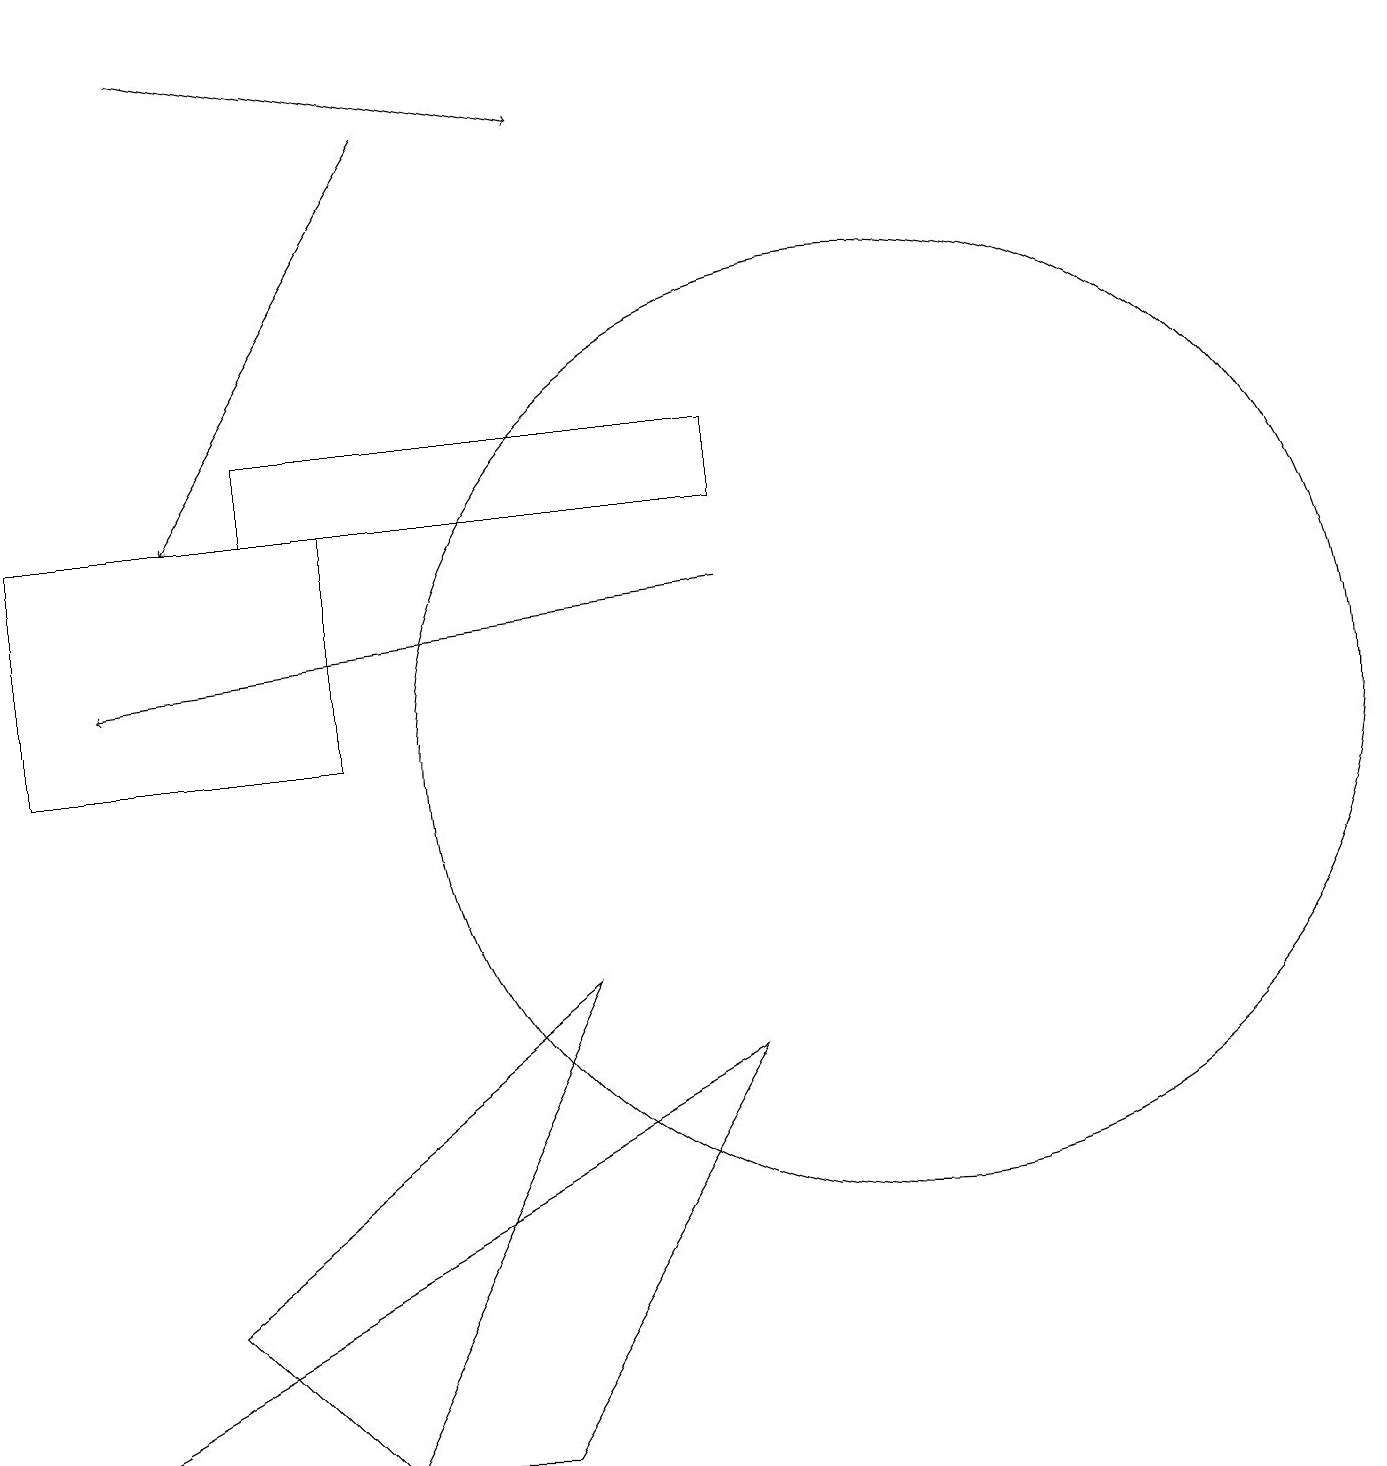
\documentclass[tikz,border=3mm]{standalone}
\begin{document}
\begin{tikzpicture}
\draw (3,13) rectangle (9,14);
\draw[->] (5,18) -- (2,13);
\draw (2,3) -- (7,7) -- (4,1) -- cycle;
\draw[->] (2,19) -- (7,18);
\draw (4,13) rectangle (0,10);
\draw (11,10) circle (6);
\draw[->] (9,12) -- (1,11);
\draw (6,1) -- (0,1) -- (9,6) -- cycle;
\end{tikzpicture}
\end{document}